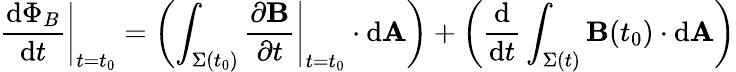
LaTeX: \left.{\frac{\mathrm{d}\Phi_{B}}{\mathrm{d}t}}\right|_{t=t_{0}}=\left(\int_{\Sigma(t_{0})}\left.{\frac{\partial\mathbf{B}}{\partial t}}\right|_{t=t_{0}}\cdot\mathrm{d}\mathbf{A}\right)+\left({\frac{\mathrm{d}}{\mathrm{d}t}}\int_{\Sigma(t)}\mathbf{B}(t_{0})\cdot\mathrm{d}\mathbf{A}\right)